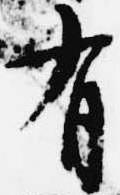
有